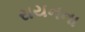
રાયનના